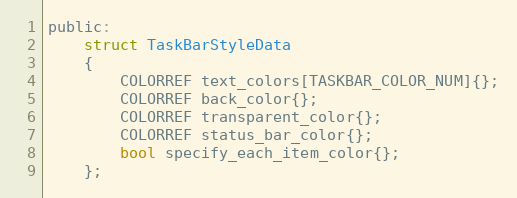
Language: C
public:
	struct TaskBarStyleData
	{
		COLORREF text_colors[TASKBAR_COLOR_NUM]{};
		COLORREF back_color{};
		COLORREF transparent_color{};
		COLORREF status_bar_color{};
		bool specify_each_item_color{};
	};